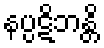
နပ္ပဋိဘန္တိ